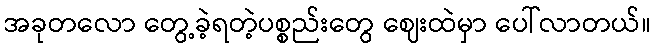
အခုတလော တွေ့ခဲ့ရတဲ့ပစ္စည်းတွေ ဈေးထဲမှာ ပေါ်လာတယ်။